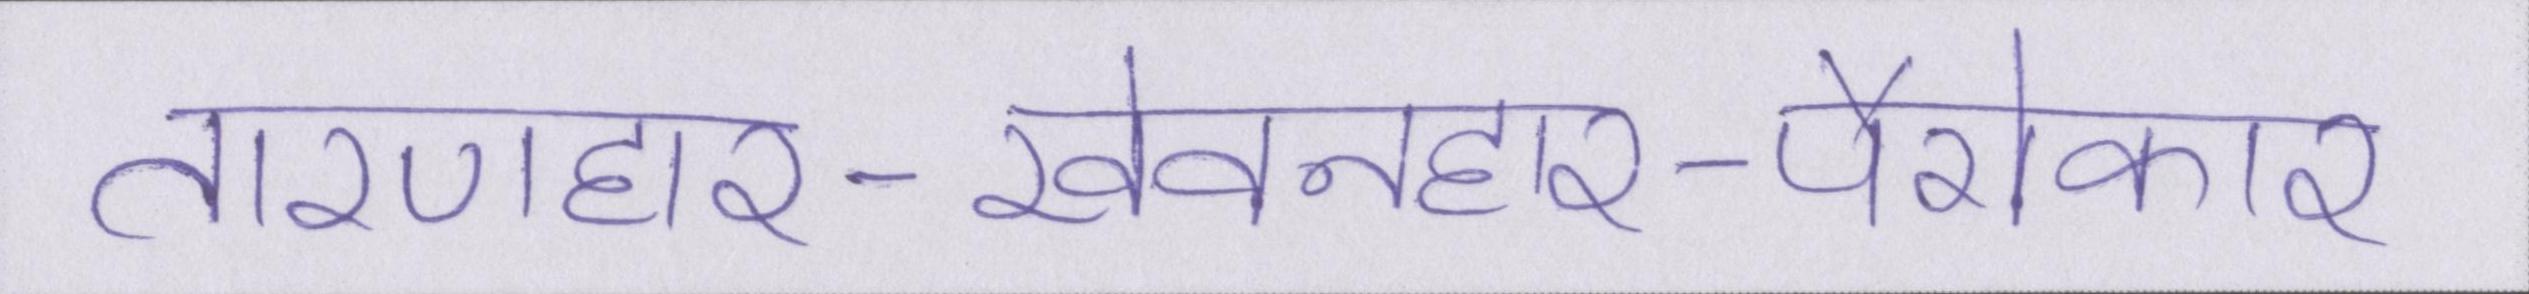
तारणहार-खेवनहार-पैरोकार